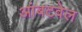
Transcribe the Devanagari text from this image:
आंबटवेल